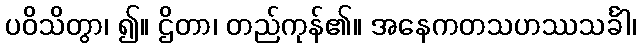
ပဝိသိတွာ၊ ၍။ ဌိတာ၊ တည်ကုန်၏။ အနေကတသဟဿသင်္ခါ၊